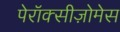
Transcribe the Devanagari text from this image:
पेरॉक्सीज़ोमेस